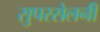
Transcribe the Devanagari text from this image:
सुपरसेलनी